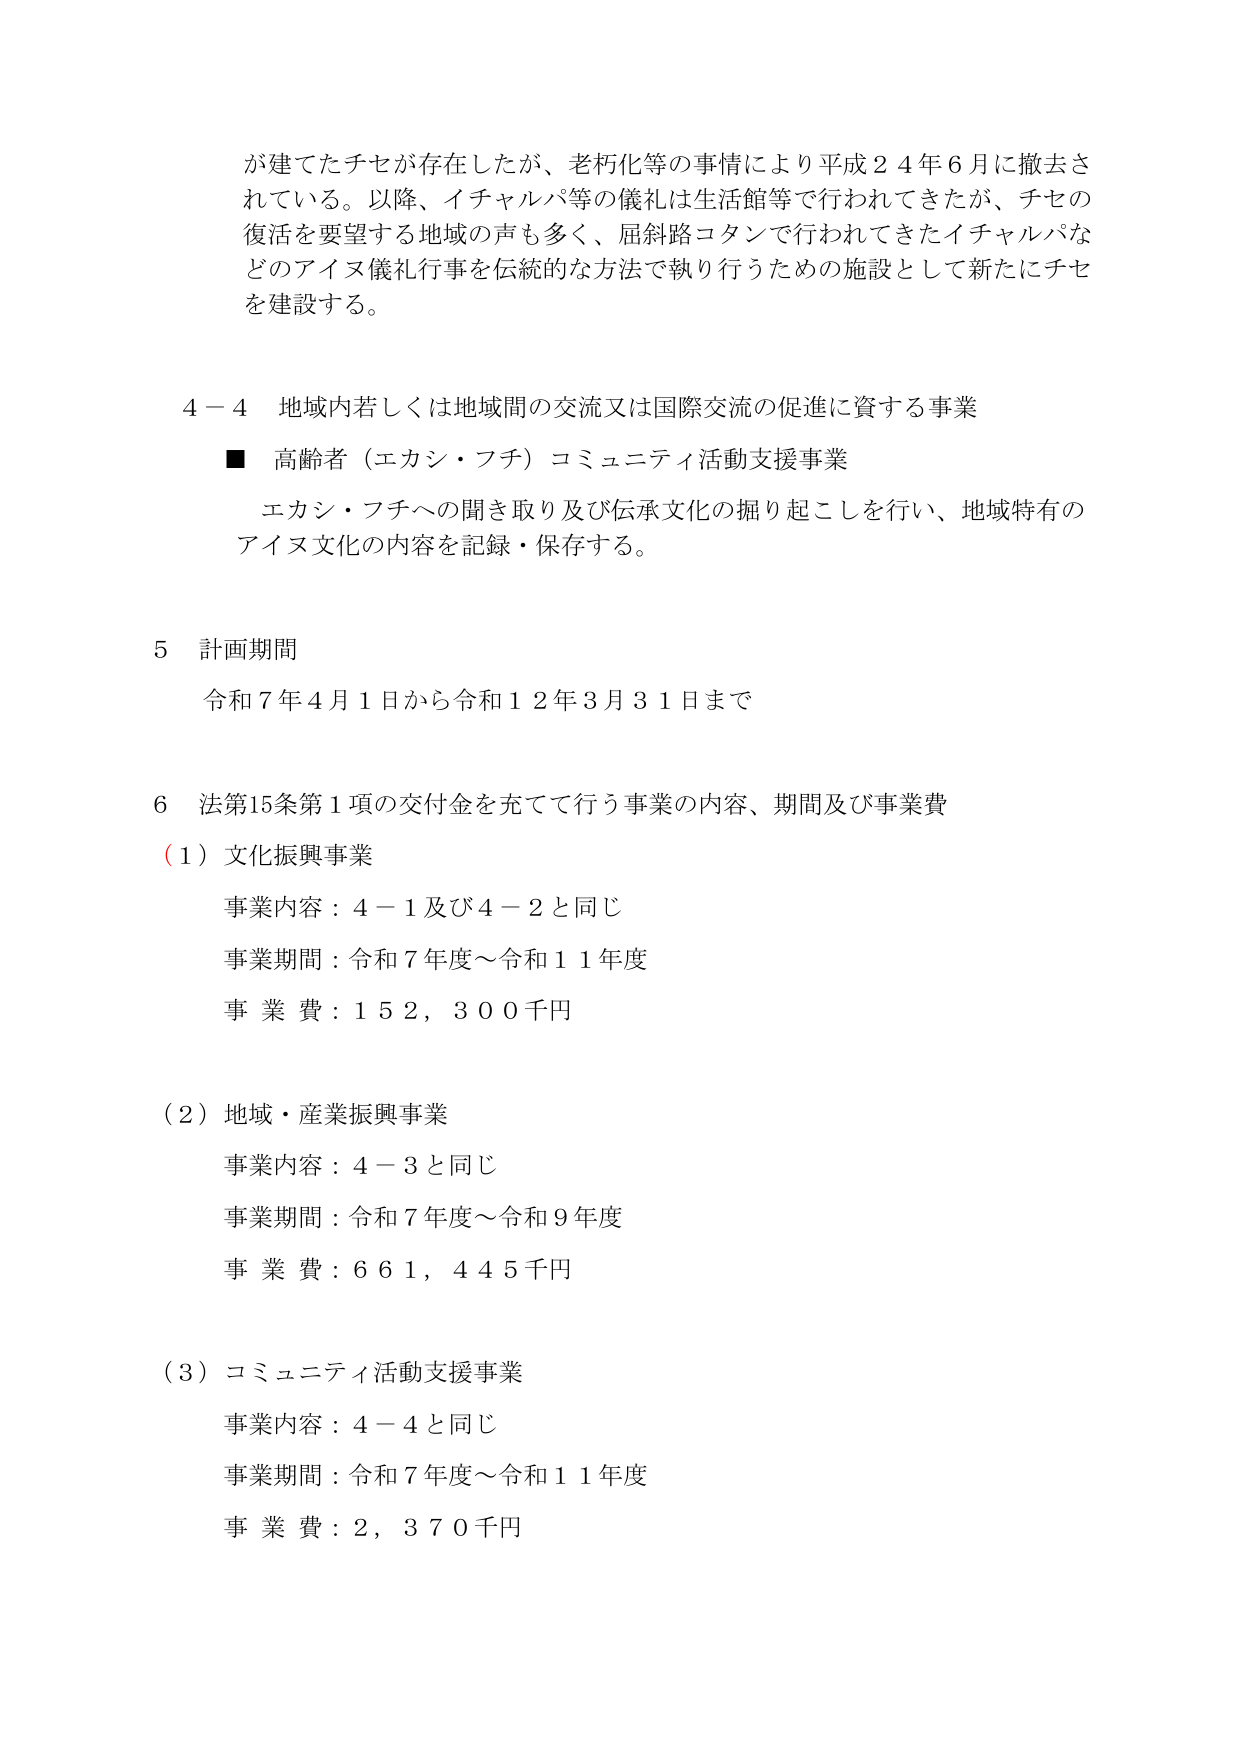
が建てたチセが存在したが、老朽化等の事情により平成２４年６月に撤去されている。以降、イチャルパ等の儀礼は生活館等で行われてきたが、チセの復活を要望する地域の声も多く、屈斜路コタンで行われてきたイチャルパなどのアイヌ儀礼行事を伝統的な方法で執り行うための施設として新たにチセを建設する。

４－４ 地域内若しくは地域間の交流又は国際交流の促進に資する事業
■ 高齢者（エカシ・フチ）コミュニティ活動支援事業
エカシ・フチへの聞き取り及び伝承文化の掘り起こしを行い、地域特有のアイヌ文化の内容を記録・保存する。

５ 計画期間
令和７年４月１日から令和１２年３月３１日まで

６ 法第15条第１項の交付金を充てて行う事業の内容、期間及び事業費
（１）文化振興事業
事業内容：４－１及び４－２と同じ
事業期間：令和７年度～令和１１年度
事業費：１５２，３００千円

（２）地域・産業振興事業
事業内容：４－３と同じ
事業期間：令和７年度～令和９年度
事業費：６６１，４４５千円

（３）コミュニティ活動支援事業
事業内容：４－４と同じ
事業期間：令和７年度～令和１１年度
事業費：２，３７０千円